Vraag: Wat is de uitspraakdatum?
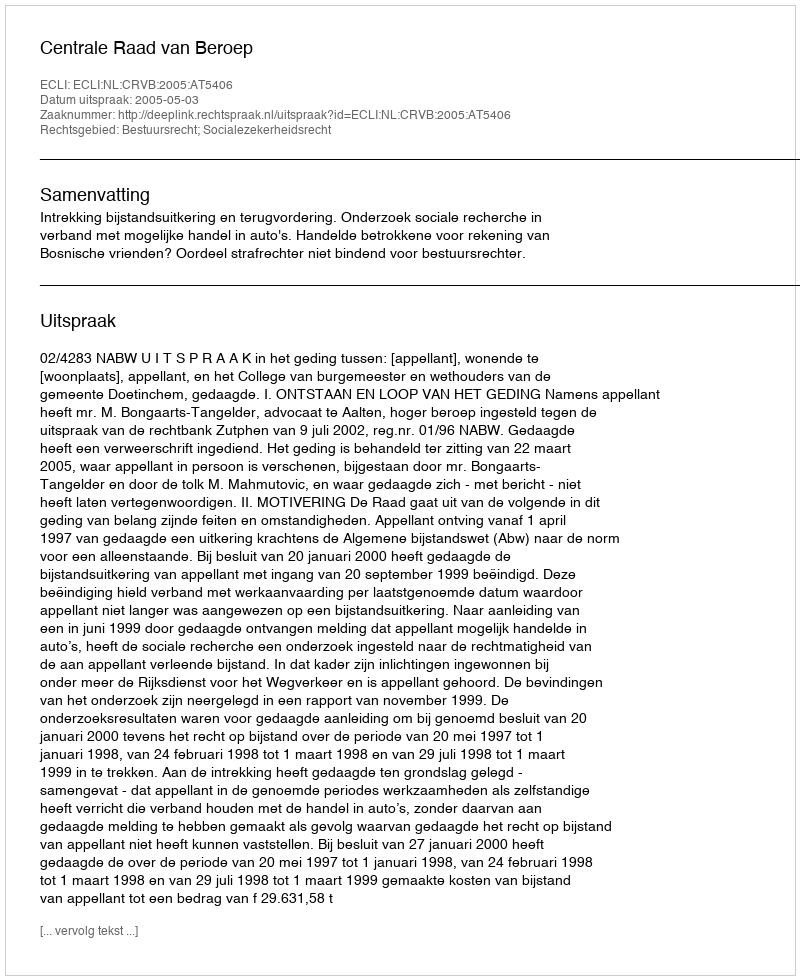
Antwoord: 2005-05-03